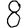
Digit: 8